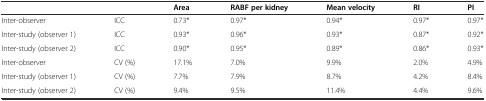
<table><thead><tr><td></td><td></td><td><b>Area</b></td><td><b>RABF per kidney</b></td><td><b>Mean velocity</b></td><td><b>RI</b></td><td><b>PI</b></td></tr></thead><tbody><tr><td>Inter-observer</td><td>ICC</td><td>0.73*</td><td>0.97*</td><td>0.94*</td><td>0.97*</td><td>0.97*</td></tr><tr><td>Inter-study (observer 1)</td><td>ICC</td><td>0.93*</td><td>0.96*</td><td>0.93*</td><td>0.87*</td><td>0.92*</td></tr><tr><td>Inter-study (observer 2)</td><td>ICC</td><td>0.90*</td><td>0.95*</td><td>0.89*</td><td>0.86*</td><td>0.93*</td></tr><tr><td>Inter-observer</td><td>CV (%)</td><td>17.1%</td><td>7.0%</td><td>9.9%</td><td>2.0%</td><td>4.9%</td></tr><tr><td>Inter-study (observer 1)</td><td>CV (%)</td><td>7.7%</td><td>7.9%</td><td>8.7%</td><td>4.2%</td><td>8.4%</td></tr><tr><td>Inter-study (observer 2)</td><td>CV (%)</td><td>9.4%</td><td>9.5%</td><td>11.4%</td><td>4.4%</td><td>9.6%</td></tr></tbody></table>